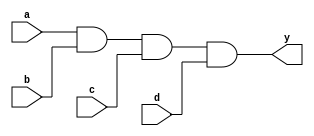
module and4 (input a, b, c, d, output y);
   assign y = a & b & c & d;
endmodule